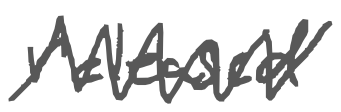
Text: released
Cross-out: mix
Writing tool: digital_gray